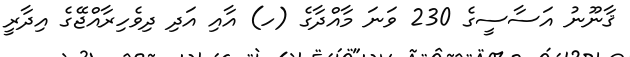
ޤާނޫނު އަސާސީގެ 230 ވަނަ މާއްދާގެ (ހ) އާއި އަދި ދިވެހިރާއްޖޭގެ އިދާރީ